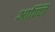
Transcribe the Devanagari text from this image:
आण्णि